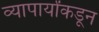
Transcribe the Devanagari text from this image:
व्यापार्यांकडून